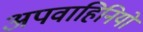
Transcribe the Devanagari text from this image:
अपवाहिनियों